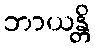
ဘာယန္တိ